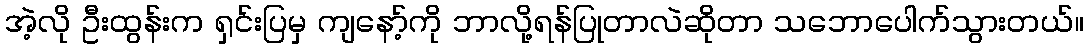
အဲ့လို ဦးထွန်းက ရှင်းပြမှ ကျနော့်ကို ဘာလို့ရန်ပြုတာလဲဆိုတာ သဘောပေါက်သွားတယ်။